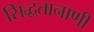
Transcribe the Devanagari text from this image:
सिद्धतानाणी